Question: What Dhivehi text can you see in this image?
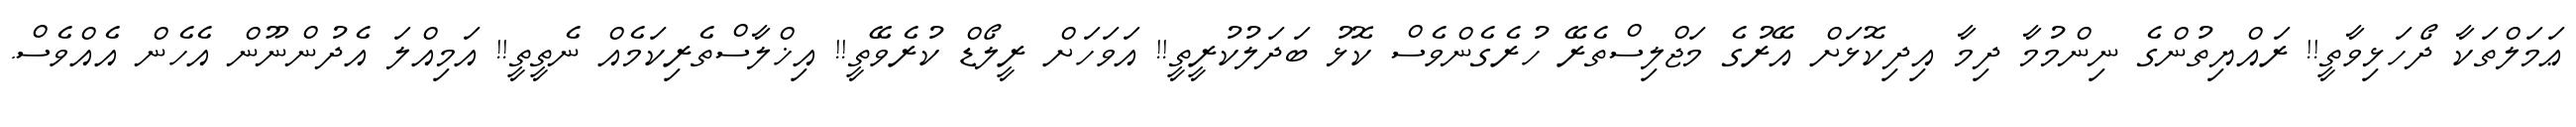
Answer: ޢަމަލްތަކާ ދޯހަޅިވާތީ!! ރައްޔިތުންގެ ނިންމުމާ ދިމާ އިދިކޮޅަށް އޭރުގެ މަޖްލިސްތެރޭ ހުރެގެންވެސް ކޮޅު ބަދަލުކުރީތީ!! އަވަހަށް ރީލޯޑް ކުރެވޭތީ!! އިޚްލާސްތެރިކަމެއް ނެތީތީ!! އަމިއްލަ އެދުންނޫން އެހެން އެއްވެސް.